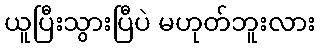
ယူပြီးသွားပြီပဲ မဟုတ်ဘူးလား